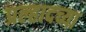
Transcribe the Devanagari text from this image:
प्रल्हादच्या